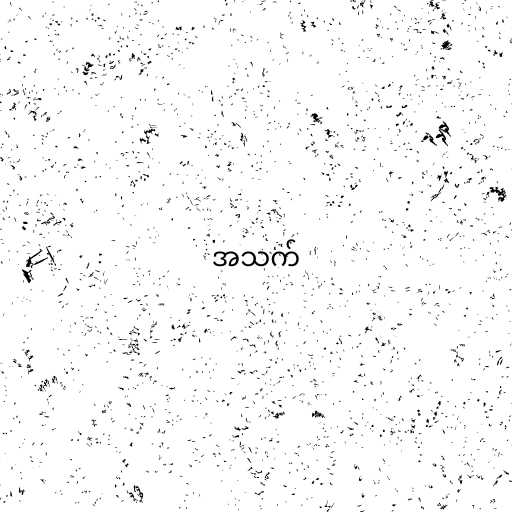
အသက်